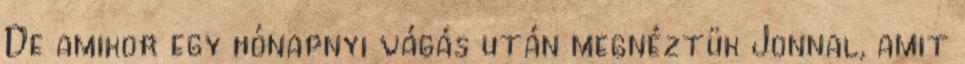
De amikor egy hónapnyi vágás után megnéztük Jonnal, amit